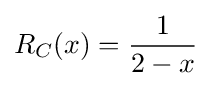
R_{C}(x)={\frac {1}{2-x}}